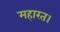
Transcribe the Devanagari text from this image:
महारत।